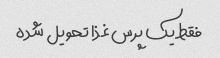
فقط یک پرس غذا تحویل شده